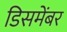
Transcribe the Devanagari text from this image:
डिसमेंबर